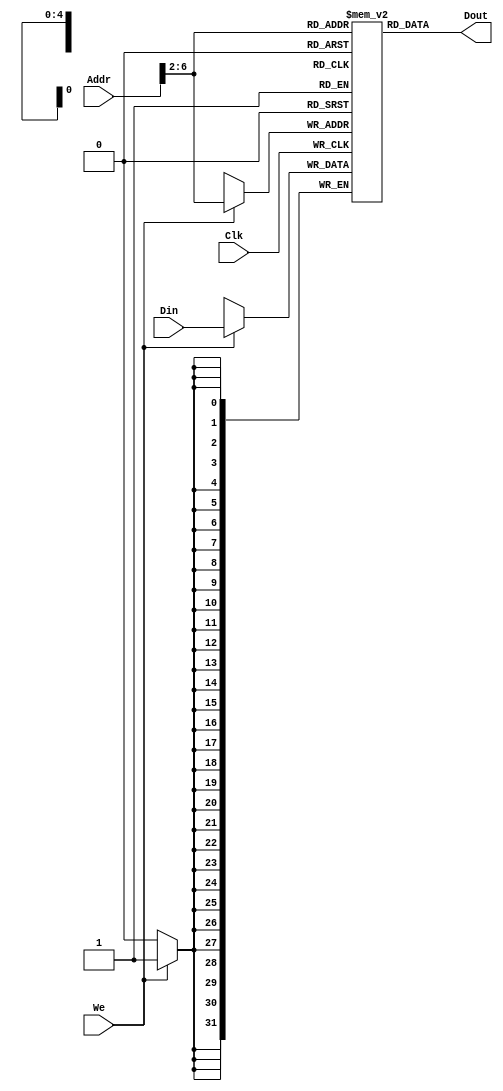
`timescale 1ns / 1ps
//////////////////////////////////////////////////////////////////////////////////
// Company: 
// Engineer: 
// 
// Design Name: 
// Module Name: DATAMEM
// Project Name: 
// Target Devices: 
// Tool Versions: 
// Description: 
// 
// Dependencies: 
// 
// Revision:
// Revision 0.01 - File Created
// Additional Comments:
// 
//////////////////////////////////////////////////////////////////////////////////


module DATAMEM(Addr, Din, Clk, We, Dout);
    input [31:0] Addr, Din;
    input Clk, We;
    output [31:0] Dout;
    reg [31:0] Ram [31:0];
    assign Dout = Ram[Addr[6:2]];
    always @ (posedge Clk) begin
        if(We) Ram[Addr[6:2]] <= Din;
    end
    integer i;
    initial begin
        for (i = 2; i<32; i = i+1)
            Ram[i] = 0;
    end
endmodule